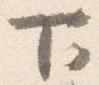
下